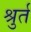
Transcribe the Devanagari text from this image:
श्रुर्त